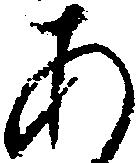
あ